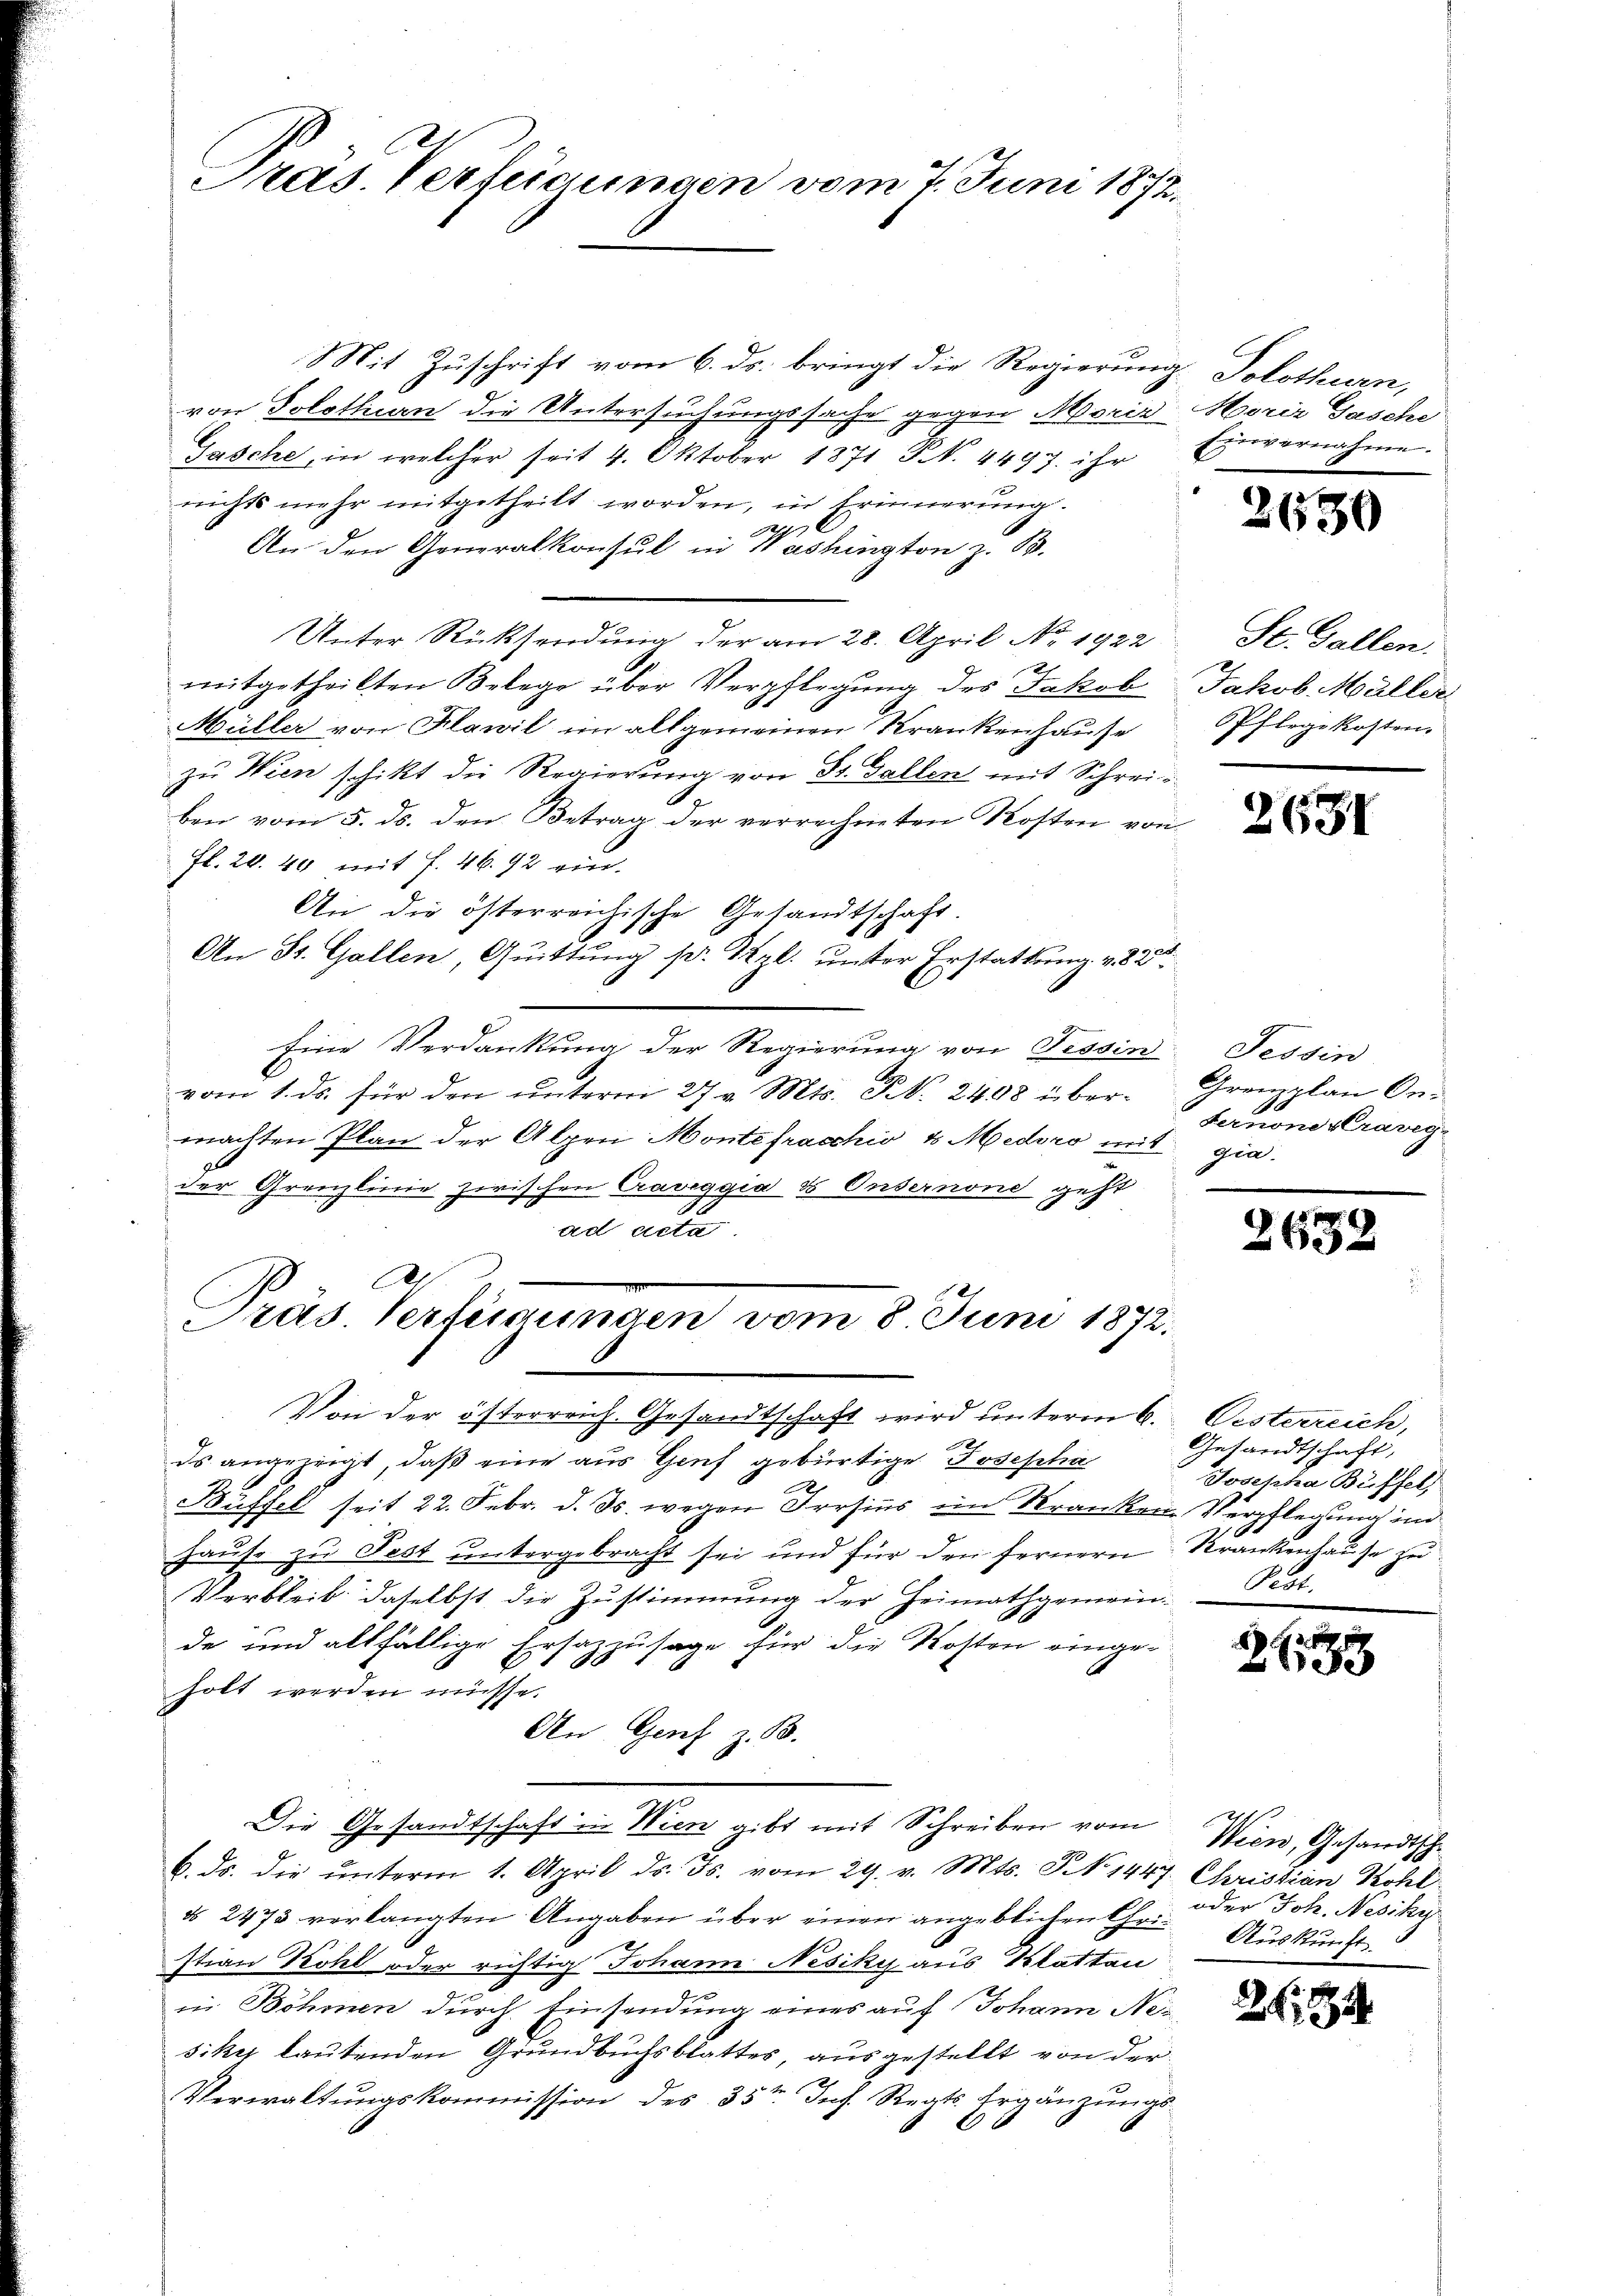
Pras. Verfügungen vom 7. Juni 1872.

Mit Zuschrift vom 6. ds. bringt die Regierung Solothurn,
von Solothurn die Untersuchungssache gegen Morir- Maria Tasche
Gasche, in welcher seit 4. Oktober 1871 Fr. 4497. ihr
nichts mehr mitgetheilt worden, in Erinnerung.
An den Generalkonsul in Washington z. B.
Unter Rücksendung der am 28. April Nr. 1922
x
mitgetheilten Belege über Verpflegung des Jakob
Müller von Klawil im allgemeinen Krankenhause
zu Wien schikt die Regierung von Dr. Gallen mit Schreiben vom 5. ds. den Betrag der verrechneten Kosten von
Fl. 20. 40 mit f. 46. 92 ein-
An die österreichische Gesandtschaft.
An St. Gallen, Quittung s. Vgl. unter Erstattung v. 820
Eine Verdankung der Regierung von Tessin, Tessin
vom 1. ds. für den unterm 27 v. Mts. S. 2408 übermachten Plan der Alpen Montefracchio u Medoro mit gia.
der Grenzlinie zwischen Craveggia & Onsernone geht
ad acta
.
Prus. Verfügungen vom 8 Juni 1872.
Von der österreich. Gesandtschaft wird unterm 6.
ds angezeigt, daß eine aus Genf gebürtige Josepha
Büffel seit 22. Febr. d. Js. wegen Irrsins im Kranken Verpflegung im
hause zu Fest untergebracht sei und für den fernern
Verbleib daselbst die Zustimmung der Heimathgemein-
de und allfällige Ersazzusage für die Kosten einge-
holt werden müsse.
An Genf z. B.
Die Gesandtschaft in Wien gibt mit Schreiben vom
6. ds. die ŭnterm 1. April d. Js. vom 29. v. Mts. S. 1447. Christian Kohl
§ 2473 verlangten Angaben über einen angeblichen Chri- Auskunft
stian Kohl oder richtig Johann Nesiky aus Plattau
in Böhmen durch Einsendung eines auf Johann Nes
siker lautenden Grundbuchsblattes, ausgestellt von der
Verwaltungskommission des 35ten Joh. Regts. Ergänzungs¬

Einvernahme.

2650

St. Gallen.
Jakob. Müller
Pflegekosten.

2631

Grenzplan Or-
Sernone kraveg-

265.

Oesterreich,
Gesandtschaft,
Josepha Buffel,
Krankenhause zu
Pest.

x
2053

Wien, Gesandtsche
oder Joh. Nesiky

268